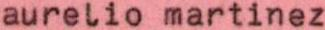
aurelio martinez